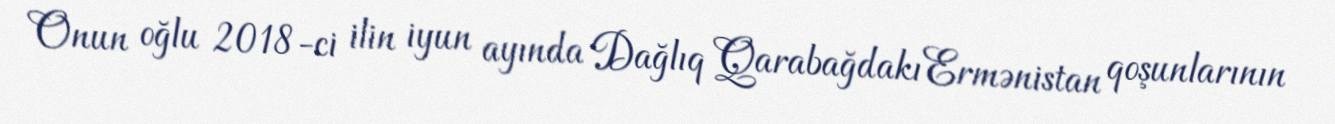
Onun oğlu 2018-ci ilin iyun ayında Dağlıq Qarabağdakı Ermənistan qoşunlarının